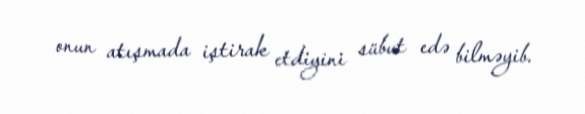
onun atışmada iştirak etdiyini sübut edə bilməyib.